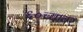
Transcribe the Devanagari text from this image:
६०च्यावर